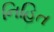
નિહિત